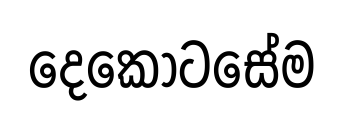
දෙකොටසේම